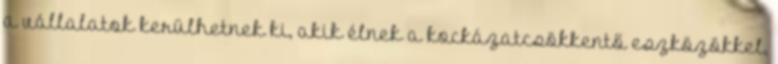
a vállalatok kerülhetnek ki, akik élnek a kockázatcsökkentő eszközökkel,